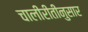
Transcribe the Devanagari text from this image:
चालीरीतींनुसार